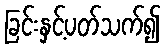
ခြင်းနှင့်ပတ်သက်၍